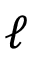
\ell